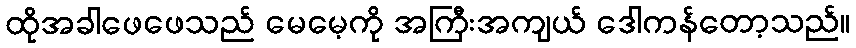
ထိုအခါဖေဖေသည် မေမေ့ကို အကြီးအကျယ် ဒေါကန်တော့သည်။